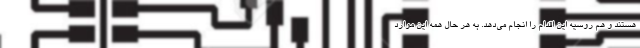
هستند و هم روسیه این اقدام را انجام می‌‌دهد. به هر حال همه این موارد